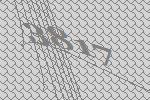
3817